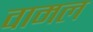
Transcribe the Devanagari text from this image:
वामल